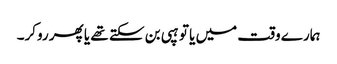
ہمارے وقت میں یا تو ہپی بن سکتے تھے یا پھر روکر۔